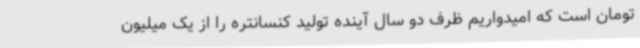
تومان است که امیدواریم ظرف دو سال آینده تولید کنسانتره را از یک میلیون